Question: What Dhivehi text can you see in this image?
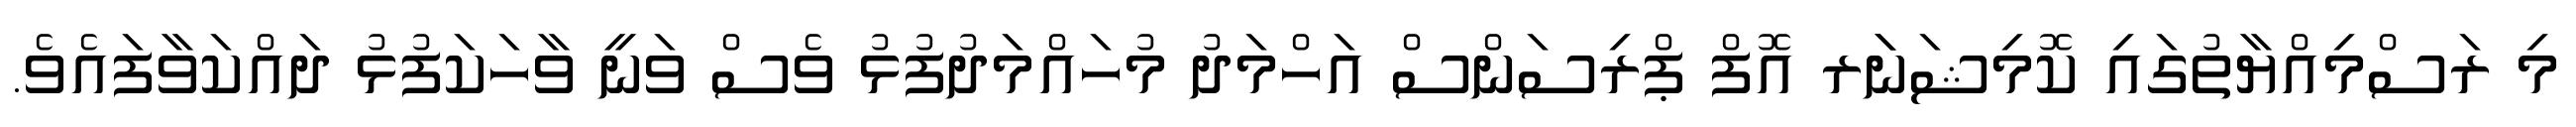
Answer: މި ރަސްމިއްޔާތުގައި ކޮމިޝަނަަރ އޮފް ޕްރިސަންސް އަހްމަދު މުހައްމަދުފުޅު ވެސް ވަނީ ވާހަކަފުޅު ދައްކަވާފައެވެ.